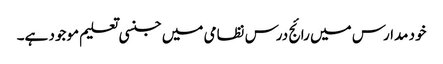
خود مدارس میں رائج درس نظامی میں جنسی تعلیم موجود ہے۔